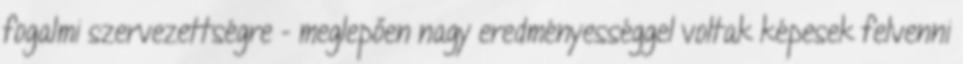
fogalmi szervezettségre - meglepően nagy eredményességgel voltak képesek felvenni